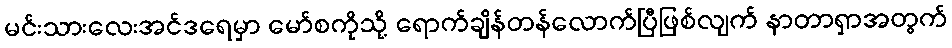
မင်းသားလေးအင်ဒရေမှာ မော်စကိုသို့ ရောက်ချိန်တန်လောက်ပြီဖြစ်လျက် နာတာရှာအတွက်